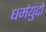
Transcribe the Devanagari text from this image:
धर्मयुद्दों